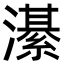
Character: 濝